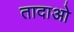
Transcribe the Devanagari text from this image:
तादाओ